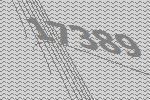
17389